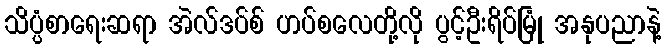
သိပ္ပံစာရေးဆရာ အဲလ်ဒပ်စ် ဟပ်စလေတို့လို ပွင့်ဦးရိပ်မြုံ အနုပညာနဲ့